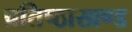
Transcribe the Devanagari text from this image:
प्रतिष्ठाखण्ड